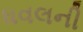
ધવલની